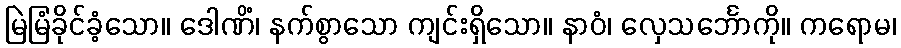
မြဲမြံခိုင်ခံ့သော။ ဒေါဏိံ၊ နက်စွာသော ကျင်းရှိသော။ နာဝံ၊ လှေသင်္ဘောကို။ ကရောမ၊